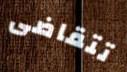
تتقاضى